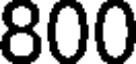
800